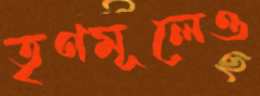
তৃণমূলেও